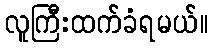
လူကြီးထက်ခံရမယ်။